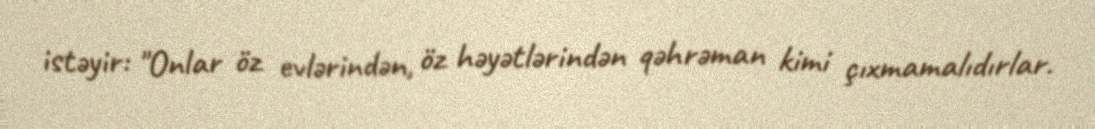
istəyir: "Onlar öz evlərindən, öz həyətlərindən qəhrəman kimi çıxmamalıdırlar.